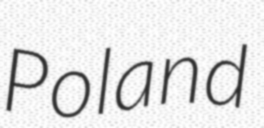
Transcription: Poland